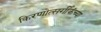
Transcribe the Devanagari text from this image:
किरणोत्सर्गीकंच्या